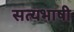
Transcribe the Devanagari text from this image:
सत्यभाषी